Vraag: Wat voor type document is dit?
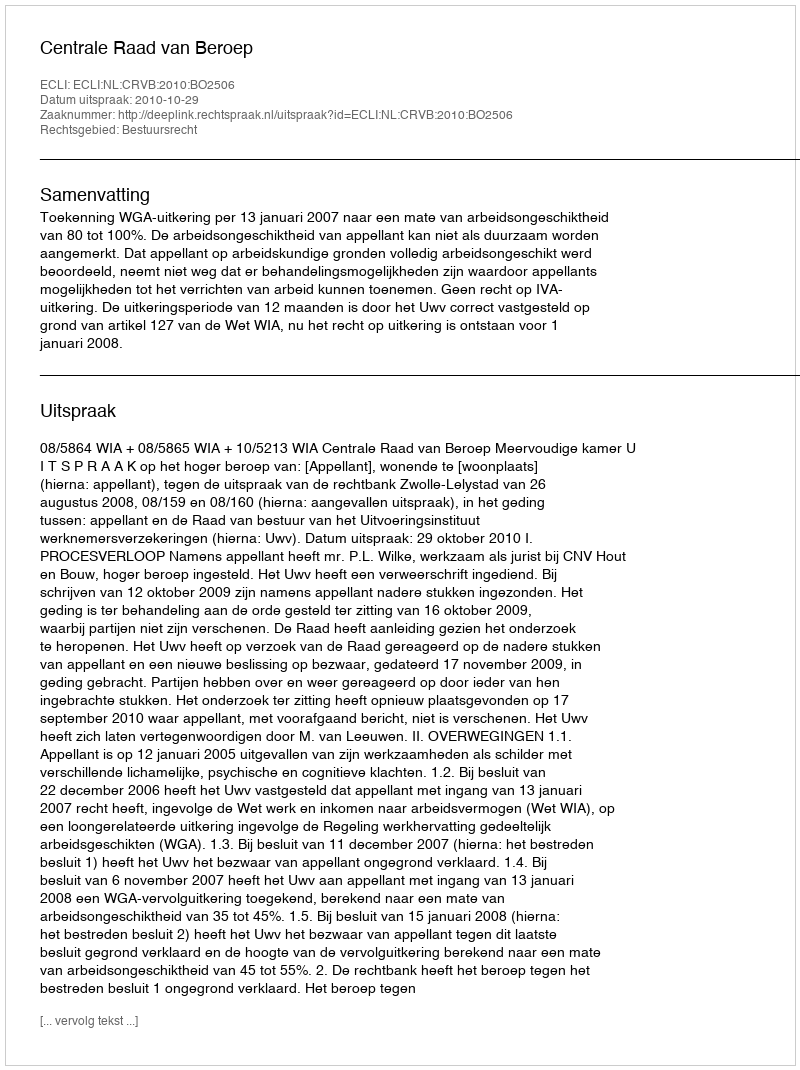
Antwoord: Uitspraak